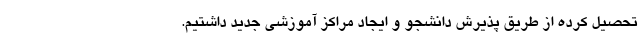
تحصیل کرده از طریق پذیرش دانشجو و ایجاد مراکز آموزشی جدید داشتیم.